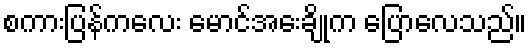
စကားပြန်ကလေး မောင်အေးချိုက ပြောလေသည်။